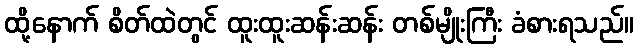
ထို့နောက် စိတ်ထဲတွင် ထူးထူးဆန်းဆန်း တစ်မျိုးကြီး ခံစားရသည်။